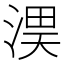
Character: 𭱏